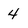
Character: 4